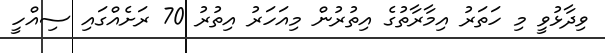
ވިދާޅުވީ މި ހަތަރު އިމާރާތުގެ އިތުރުން މިއަހަރު އިތުރު 70 ރަށެއްގައި ސިއްހީ